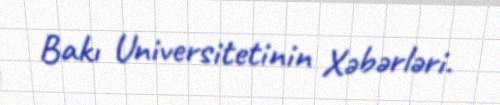
Bakı Universitetinin Xəbərləri.